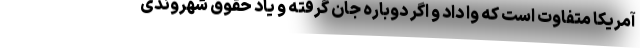
آمریکا متفاوت است که وا داد و اگر دوباره جان گرفته و یاد حقوق شهروندی